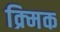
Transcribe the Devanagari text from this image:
क्र्मिक